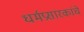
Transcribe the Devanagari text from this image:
धर्मप्रसारकांचे